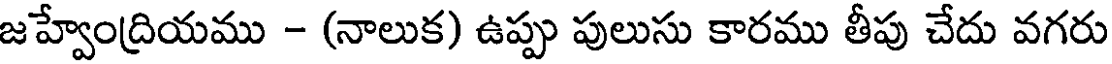
జహ్వేంద్రియము - (నాలుక) ఉప్పు పులుసు కారము తీపు చేదు వగరు